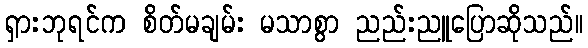
ရှားဘုရင်က စိတ်မချမ်း မသာစွာ ညည်းညူပြောဆိုသည်။